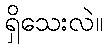
ရှိသေးလဲ။